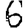
Digit: 6